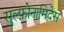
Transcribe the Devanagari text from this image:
सुल्फ़ोनामिदेस